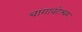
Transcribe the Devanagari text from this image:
चांगावटेश्वर